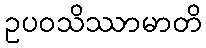
ဥပဝသိဿာမာတိ